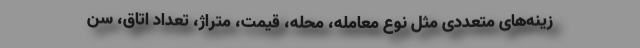
زینه‌های متعددی مثل نوع معامله، محله، قیمت، متراژ، تعداد اتاق، سن